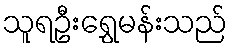
သူရဦးရွှေမန်းသည်